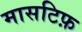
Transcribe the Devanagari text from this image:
मासटिफ़